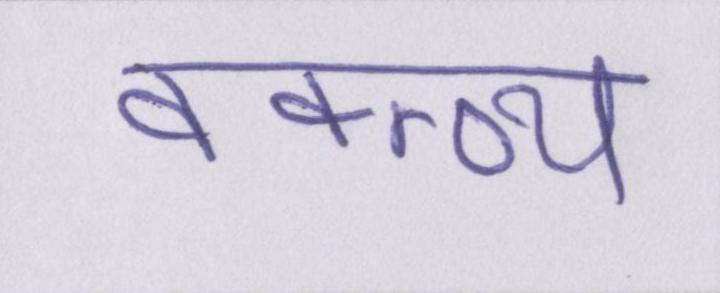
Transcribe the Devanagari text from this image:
वक्त्व्य